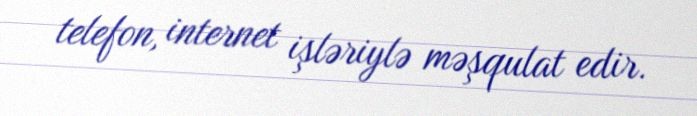
telefon, internet işləriylə məşqulat edir.